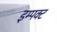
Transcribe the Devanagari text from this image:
इम्पक्ट